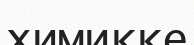
химикке